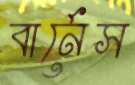
বার্নেস